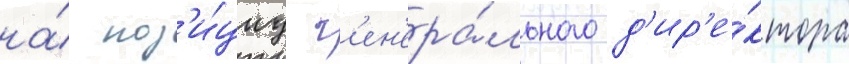
на́ поз'и́циу г'ен'ера́льного д'ир'е́ктора